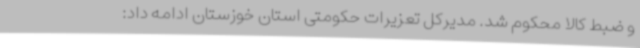
و ضبط کالا محکوم شد. مدیرکل تعزیرات حکومتی استان خوزستان ادامه داد: